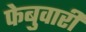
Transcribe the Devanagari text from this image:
फेबुवारी